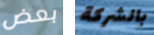
بعض بالشركة